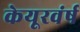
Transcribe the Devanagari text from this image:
केयूरवंर्ष